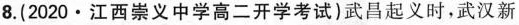
8. (2020 · 江西崇义中学高二开学考试)武昌起义时，武汉新